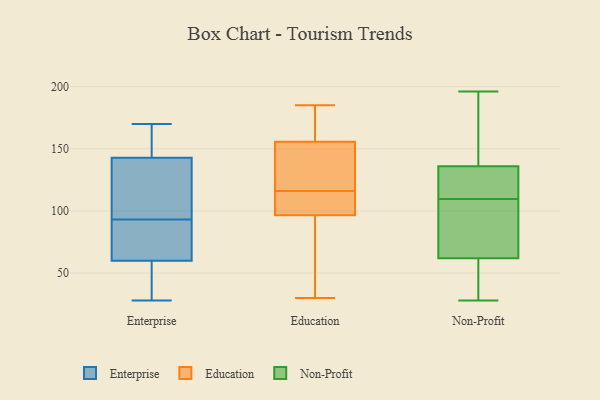
{"axis": {"x": "Energy Usage (MWh)", "y": "Value"}, "legend": ["Education", "Enterprise", "Non-Profit"], "data": [{"x": "", "y": 58, "type": "Enterprise"}, {"x": "", "y": 123, "type": "Enterprise"}, {"x": "", "y": 93, "type": "Enterprise"}, {"x": "", "y": 147, "type": "Enterprise"}, {"x": "", "y": 136, "type": "Enterprise"}, {"x": "", "y": 48, "type": "Enterprise"}, {"x": "", "y": 28, "type": "Enterprise"}, {"x": "", "y": 84, "type": "Enterprise"}, {"x": "", "y": 167, "type": "Enterprise"}, {"x": "", "y": 157, "type": "Enterprise"}, {"x": "", "y": 74, "type": "Enterprise"}, {"x": "", "y": 43, "type": "Enterprise"}, {"x": "", "y": 91, "type": "Enterprise"}, {"x": "", "y": 145, "type": "Enterprise"}, {"x": "", "y": 109, "type": "Enterprise"}, {"x": "", "y": 116, "type": "Enterprise"}, {"x": "", "y": 170, "type": "Enterprise"}, {"x": "", "y": 45, "type": "Enterprise"}, {"x": "", "y": 66, "type": "Enterprise"}, {"x": "", "y": 132, "type": "Education"}, {"x": "", "y": 31, "type": "Education"}, {"x": "", "y": 109, "type": "Education"}, {"x": "", "y": 101, "type": "Education"}, {"x": "", "y": 116, "type": "Education"}, {"x": "", "y": 185, "type": "Education"}, {"x": "", "y": 140, "type": "Education"}, {"x": "", "y": 169, "type": "Education"}, {"x": "", "y": 161, "type": "Education"}, {"x": "", "y": 95, "type": "Education"}, {"x": "", "y": 30, "type": "Education"}, {"x": "", "y": 142, "type": "Non-Profit"}, {"x": "", "y": 115, "type": "Non-Profit"}, {"x": "", "y": 120, "type": "Non-Profit"}, {"x": "", "y": 28, "type": "Non-Profit"}, {"x": "", "y": 196, "type": "Non-Profit"}, {"x": "", "y": 62, "type": "Non-Profit"}, {"x": "", "y": 128, "type": "Non-Profit"}, {"x": "", "y": 81, "type": "Non-Profit"}, {"x": "", "y": 84, "type": "Non-Profit"}, {"x": "", "y": 136, "type": "Non-Profit"}, {"x": "", "y": 109, "type": "Non-Profit"}, {"x": "", "y": 168, "type": "Non-Profit"}, {"x": "", "y": 110, "type": "Non-Profit"}, {"x": "", "y": 104, "type": "Non-Profit"}, {"x": "", "y": 154, "type": "Non-Profit"}, {"x": "", "y": 31, "type": "Non-Profit"}, {"x": "", "y": 51, "type": "Non-Profit"}, {"x": "", "y": 49, "type": "Non-Profit"}]}